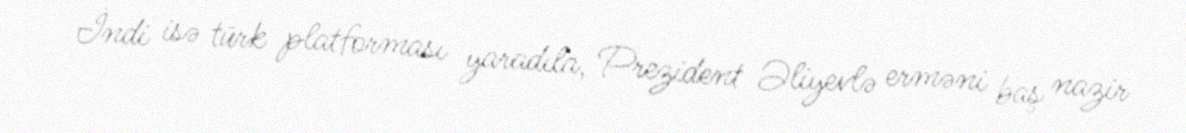
İndi isə türk platforması yaradıla, Prezident Əliyevlə erməni baş nazir